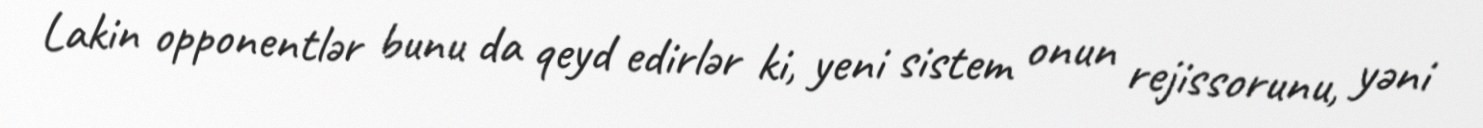
Lakin opponentlər bunu da qeyd edirlər ki, yeni sistem onun rejissorunu, yəni